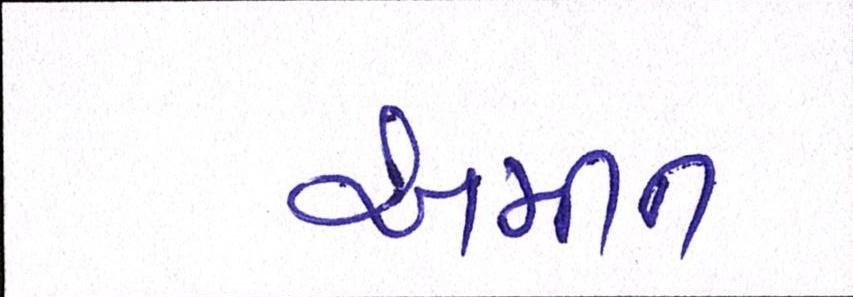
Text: અમીન